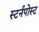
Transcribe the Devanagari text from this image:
स्टर्नपोस्ट